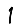
Digit: 1